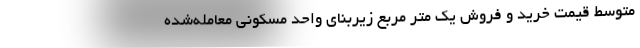
متوسط قیمت خرید و فروش یک متر مربع زیربنای واحد مسکونی معامله‌شده